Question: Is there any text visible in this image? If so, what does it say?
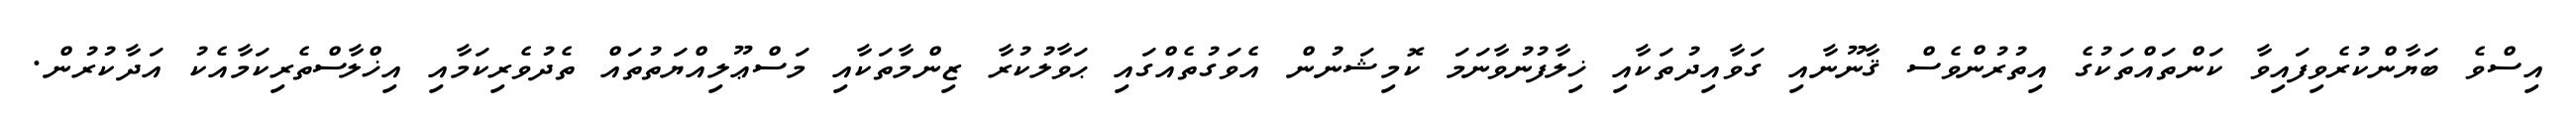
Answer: އިސްވެ ބަޔާންކުރެވިފައިވާ ކަންތައްތަކުގެ އިތުރުންވެސް ޤާނޫނާއި ގަވާއިދުތަކާއި ޚިލާފުނުވާނަމަ ކޮމިޝަނުން އެވަގުތެއްގައި ޙަވާލުކުރާ ޒިންމާތަކާއި މަސްޢޫލިއްޔަތުތައް ތެދުވެރިކަމާއި އިޚްލާސްތެރިކަމާއެކު އަދާކުރުން.